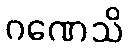
ဂဏေသိ